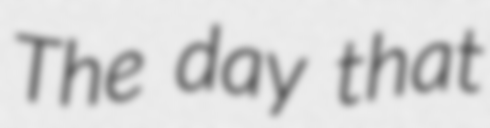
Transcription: The day that